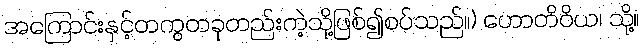
အကြောင်းနှင့်တကွတခုတည်းကဲ့သို့ဖြစ်၍စပ်သည်။) ဟောတိဝိယ၊ သို့။